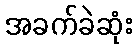
အခက်ခဲဆုံး